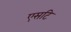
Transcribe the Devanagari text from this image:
एसटि